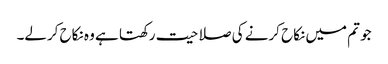
جو تم میں نکاح کرنے کی صلاحیت رکھتا ہے وہ نکاح کرلے۔